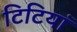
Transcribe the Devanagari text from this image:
टिटियां